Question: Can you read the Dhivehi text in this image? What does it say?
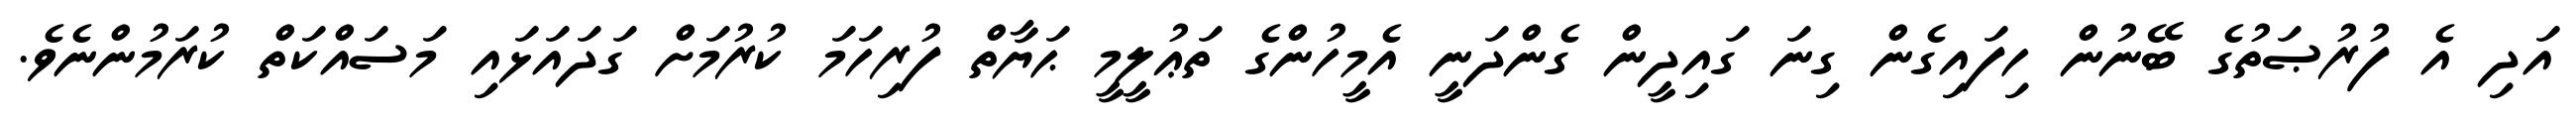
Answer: އަދި އެ ފުރުޞަތުގެ ބޭނުން ހިފައިގެން ގިނަ ގައިދީން ގެންދަނީ އެމީހުންގެ ތަޢުލީމީ ޙަޔާތް ފުރިހަމަ ކުރުމަށް ގަދައަޅައި މަސައްކަތް ކުރަމުންނެވެ.